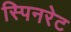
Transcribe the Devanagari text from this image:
स्पिनरेट